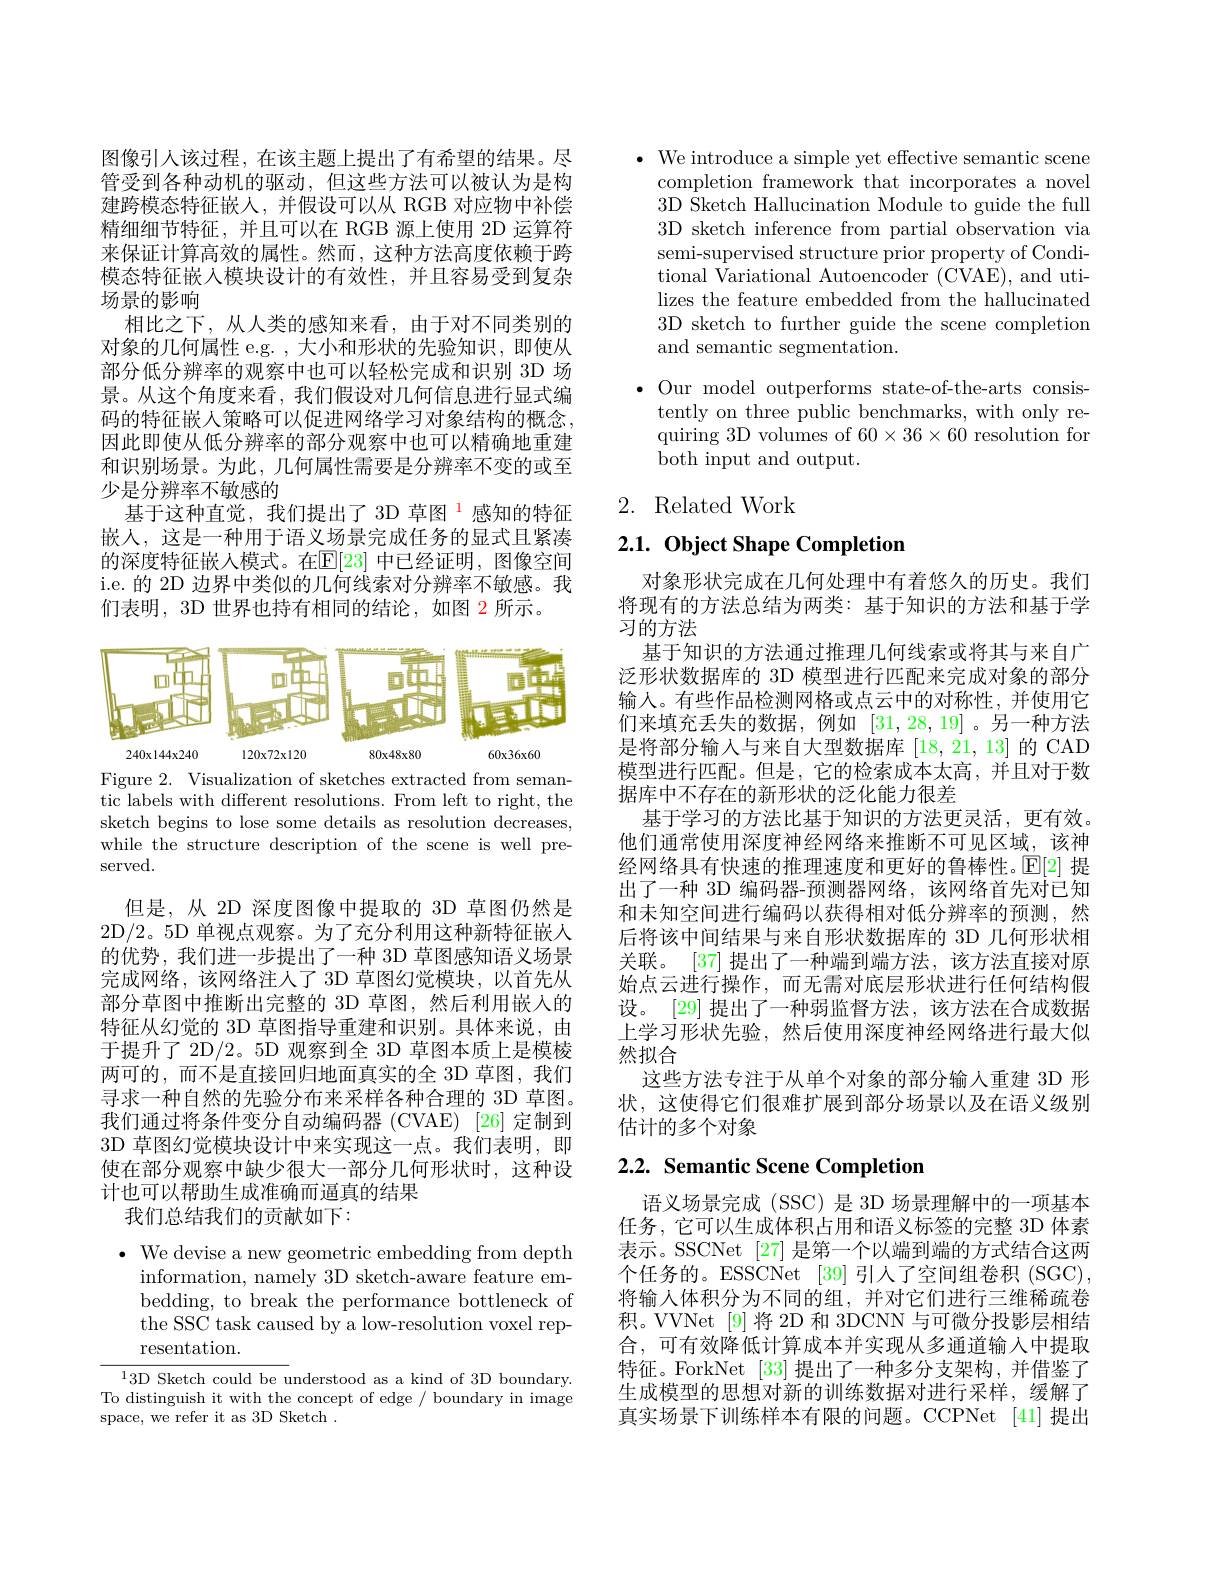
图像引人该过程，在该主题上提出了有希望的结果。尽管受到各种动机的驱动，但这些方法可以被认为是构建跨模态特征嵌入，并假设可以从 RGB 对应物中补偿精细细节特征，并且可以在 RGB 源上使用 2D 运算符来保证计算高效的属性。然而，这种方法高度依赖于跨模态特征嵌入模块设计的有效性，并且容易受到复杂场景的影响
相比之下，从人类的感知来看，由于对不同类别的对象的几何属性 e.g. , 大小和形状的先验知识，即使从部分低分辨率的观察中也可以轻松完成和识别 3D 场景。从这个角度来看，我们假设对几何信息进行显式编码的特征嵌入策略可以促进网络学习对象结构的概念， 因此即使从低分辨率的部分观察中也可以精确地重建和识别场景。为此，几何属性需要是分辨率不变的或至少是分辨率不敏感的
基于这种直觉，我们提出了 3D 草图$^{\color{red}{1}}$感知的特征嵌人，这是一种用于语义场景完成任务的显式且紧凑的深度特征嵌人模式。在$\mathbb{E}[23]$ 中已经证明，图像空间i.e. 的 2D 边界中类似的几何线索对分辨率不敏感。我们表明，3D 世界也持有相同的结论，如图 2 所示。

<FigureHere>
Figure 2. Visualization of sketches extracted from seman-

tic labels with different resolutions. From left to right, the sketch begins to lose some details as resolution decreases, while the structure description of the scene is well preserved.

但是，从 2D 深度图像中提取的 3D 草图仍然是2D/2。5D 单视点观察。为了充分利用这种新特征嵌入的优势，我们进一步提出了一种 3D 草图感知语义场景完成网络，该网络注人了 3D 草图幻觉模块，以首先从部分草图中推断出完整的 3D 草图，然后利用嵌入的特征从幻觉的 3D 草图指导重建和识别。具体来说，由于提升了 2D/2。5D 观察到全 3D 草图本质上是模棱两可的，而不是直接回归地面真实的全 3D 草图，我们寻求一种自然的先验分布来采样各种合理的 3D 草图。我们通过将条件变分自动编码器 (CVAE) [26] 定制到3D 草图幻觉模块设计中来实现这一点。我们表明，即使在部分观察中缺少很大一部分几何形状时，这种设计也可以帮助生成准确而逼真的结果
我们总结我们的贡献如下：

$\cdot$ We devise a new geometric embedding from depth
information, namely 3D sketch-aware feature embedding, to break the performance bottleneck of the SSC task caused by a low-resolution voxel representation.

$^{1}3$D Sketch could be understood as a kind of 3D boundary. To distinguish it with the concept of edge / boundary in image space, we refer it as 3D Sketch

$\bullet$ We introduce a simple yet effective semantic scene
completion framework that incorporates a novel 3D Sketch Hallucination Module to guide the full 3D sketch inference from partial observation via semi-supervised structure prior property of Conditional Variational Autoencoder (CVAE), and utilizes the feature embedded from the hallucinated 3D sketch to further guide the scene completion and semantic segmentation.

$\bullet$ Our model outperforms state-of-the-arts consis-
tently on three public benchmarks, with only requiring 3D volumes of $60\times36\times60$ resolution for both input and output.

# 2. Related Work

# 2.1. Object Shape Completion

对象形状完成在几何处理中有着悠久的历史。我们将现有的方法总结为两类：基于知识的方法和基于学习的方法
基于知识的方法通过推理几何线索或将其与来自广泛形状数据库的 3D 模型进行匹配来完成对象的部分输入。有些作品检测网格或点云中的对称性，并使用它们来填充丢失的数据，例如[31,28,19] 。另一种方法是将部分输入与来自大型数据库[18,21,13]的 CAD 模型进行匹配。但是，它的检索成本太高，并且对于数据库中不存在的新形状的泛化能力很差
基于学习的方法比基于知识的方法更灵活，更有效。他们通常使用深度神经网络来推断不可见区域，该神经网络具有快速的推理速度和更好的鲁棒性。$\mathbb{E}[2]$提出了一种 3D 编码器-预测器网络，该网络首先对已知和未知空间进行编码以获得相对低分辨率的预测，然后将该中间结果与来自形状数据库的 3D 几何形状相关联。|37|提出了一种端到端方洗，该方洪百接对点始点云进行操作，而无需对底层形状进行任何结构假设。[29] 提出了一种弱监督方法，该方法在合成数据上学习形状先验，然后使用深度神经网络进行最大似然拟合
这些方法专注于从单个对象的部分输入重建 3D 形状，这使得它们很难扩展到部分场景以及在语义级别估计的多个对象

## 2.2. Semantic Scene Completion

语义场景完成 (SSC) 是 3D 场景理解中的一项基本任务，它可以生成体积占用和语义标签的完整 3D 体素表示。SSCNet [27] 是第一个以端到端的方式结合这两个任务的。ESSCNet [39]引人了空间组卷积 (SGC), 将输入体积分为不同的组，并对它们进行三维稀疏卷积。VVNet [9]将 2D 和 3DCNN 与可微分投影层相结合，可有效降低计算成本并实现从多通道输入中提取特征。ForkNet [33]提出了一种多分支架构，并借鉴了生成模型的思想对新的训练数据对进行采样，缓解了真实场景下训练样本有限的问题。CCPNet [41]提出